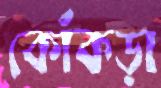
কোঁকড়া